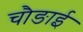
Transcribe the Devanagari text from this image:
चौङाई